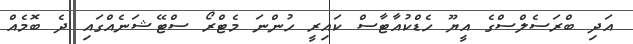
އަދި ބްރަސެލްސްގެ އީޔޫ ހެޑްކުއާޓާސް ކައިރީ ހުންނަ މެޓްރޯ ސްޓޭޝަނެއްގައި ދެ ބޮމެއް